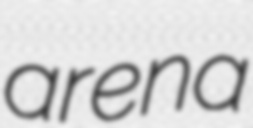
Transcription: arena